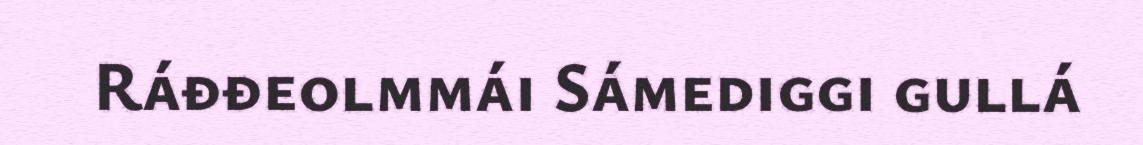
Ráđđeolmmái Sámediggi gullá